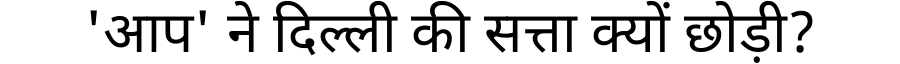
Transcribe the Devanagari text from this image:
'आप' ने दिल्ली की सत्ता क्यों छोड़ी?